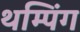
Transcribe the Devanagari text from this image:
थम्पिंग